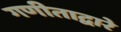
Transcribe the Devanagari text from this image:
गणीताद्वारे